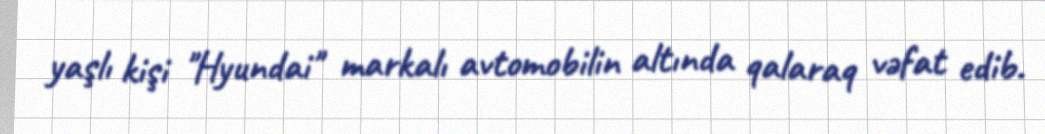
yaşlı kişi "Hyundai" markalı avtomobilin altında qalaraq vəfat edib.